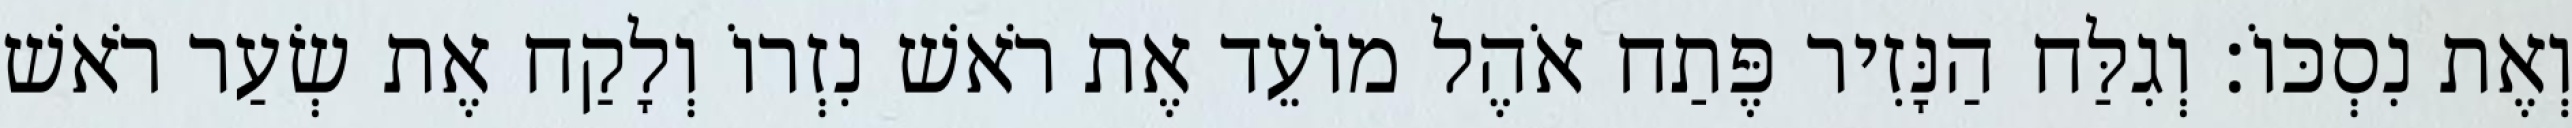
וְאֶת נִסְכּוֹ׃ וְגִלַּח הַנָּזִיר פֶּתַח אֹהֶל מוֹעֵד אֶת רֹאשׁ נִזְרוֹ וְלָקַח אֶת שְׂעַר רֹאשׁ